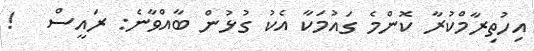
އިހުތިރާމްކުރާ ކޮންމެ ގައުމަކާ އެކު ގުޅުން ބާއްވާނެ: ރައީސް   !